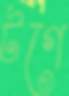
টগে